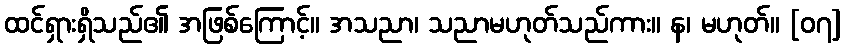
ထင်ရှားရှိသည်၏ အဖြစ်ကြောင့်။ အသညာ၊ သညာမဟုတ်သည်ကား။ န၊ မဟုတ်။ [၀၇]